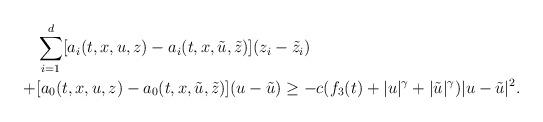
LaTeX: \begin{align*}& \sum_{i=1}^{d} [a_i(t,x,u,z) - a_i(t,x,\tilde{u},\tilde{z})](z_i - \tilde{z}_i) \\ + & [a_0(t,x,u,z)-a_0(t,x,\tilde{u},\tilde{z})](u-\tilde{u}) \geq - c ( f_3(t) + |u|^{\gamma} + |\tilde{u}|^{\gamma})|u-\tilde{u}|^{2}.\end{align*}